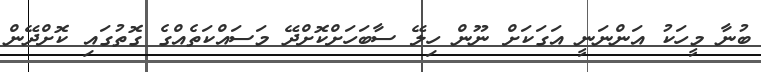
ބުނާ މީހަކު އަންނަނީ އަގަކަށް ނޫން ހިލޭ ސާބަހަށްކޮށްދޭ މަސައްކަތެއްގެ ގޮތުގައި ކޮށްދޭން